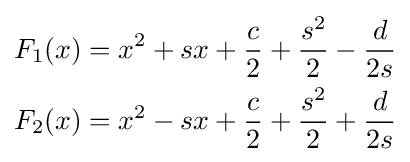
{\begin{aligned}F_{1}(x)&=x^{2}+sx+{\frac {c}{2}}+{\frac {s^{2}}{2}}-{\frac {d}{2s}}\\F_{2}(x)&=x^{2}-sx+{\frac {c}{2}}+{\frac {s^{2}}{2}}+{\frac {d}{2s}}\end{aligned}}